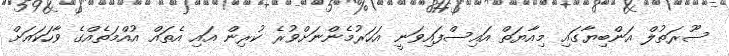
ސޫރަތުލް އަންބިޔާގައި މިއާޔަތް އައިސްފައިވަނީ އަހަރުމެންނަށްވުރެ ކުރިން އައި އެތައް އުއްމަތެއްގެ ވާހަކައަށް